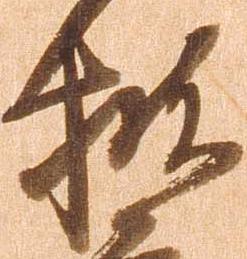
披